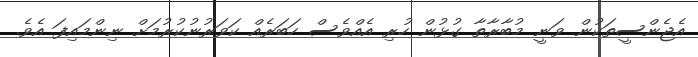
އެޖެންސީތަކުން ވަނީ މުބާރާތާ ގުޅުން ހުރި އެއްވެސް ހަބަރެއް ކަވަރުނުކުރުމަށް ނިންމައިފަ އެވެ.